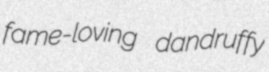
fame-loving dandruffy